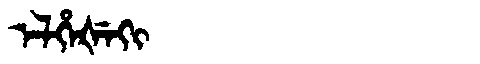
Manchu: ᡝᠯᡥᡝᡧᡝᡴᡳ
Romanization: ELHEŠEKI